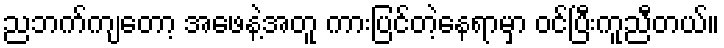
ညဘက်ကျတော့ အဖေနဲ့အတူ ကားပြင်တဲ့နေရာမှာ ဝင်ပြီးကူညီတယ်။